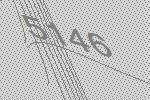
5146